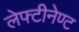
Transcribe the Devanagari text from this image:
लेफ्टीनेण्ट